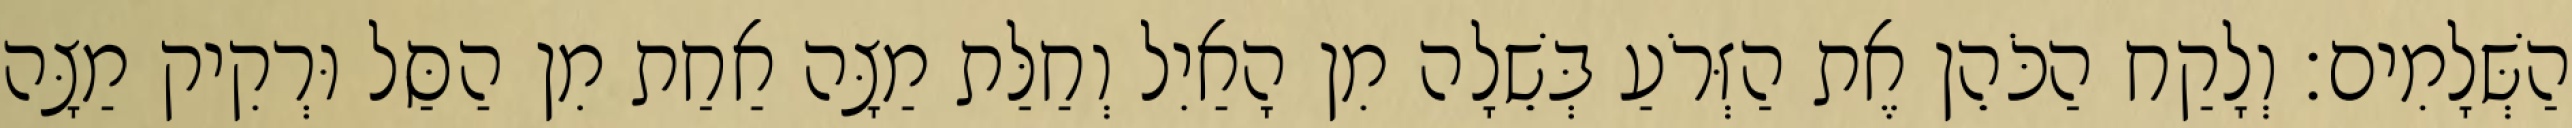
הַשְּׁלָמִים׃ וְלָקַח הַכֹּהֵן אֶת הַזְּרֹעַ בְּשֵׁלָה מִן הָאַיִל וְחַלַּת מַצָּה אַחַת מִן הַסַּל וּרְקִיק מַצָּה